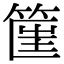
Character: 𥮟